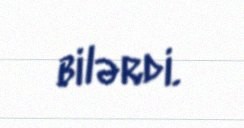
bilərdi.